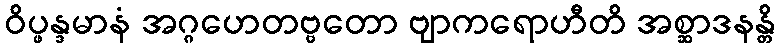
ဝိပ္ဖန္ဒမာနံ အဂ္ဂဟေတဗ္ဗတော ဗျာကရောဟီတိ အစ္ဆာဒနန္တိ